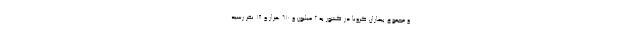
و مجموع بیماران کرونا در کشور به ۲ میلیون و ۶۱۰ هزار و ۱۸ نفر رسید.